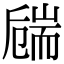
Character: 𦓚